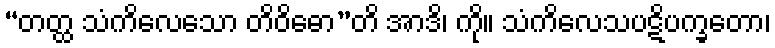
“တတ္ထ သံကိလေသော တိဝိဓော”တိ အာဒိ၊ ကို။ သံကိလေသပဋိပက္ခတော၊